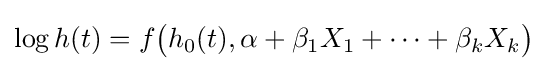
\log h(t)=f{\big (}h_{0}(t),\alpha +\beta _{1}X_{1}+\cdots +\beta _{k}X_{k}{\big )}